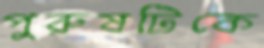
পুরুষটিকে